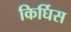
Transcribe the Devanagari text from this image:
किर्घिस